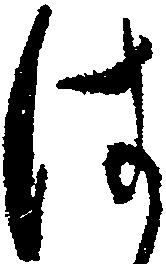
は